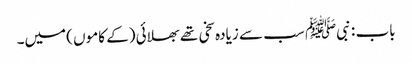
باب : نبیﷺ سب سے زیادہ سخی تھے بھلائی (کے کاموں )میں۔